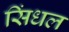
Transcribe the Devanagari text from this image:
सिंधल